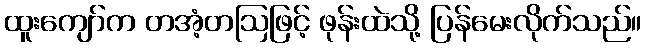
ထူးကျော်က တအံ့တဩဖြင့် ဖုန်းထဲသို့ ပြန်မေးလိုက်သည်။